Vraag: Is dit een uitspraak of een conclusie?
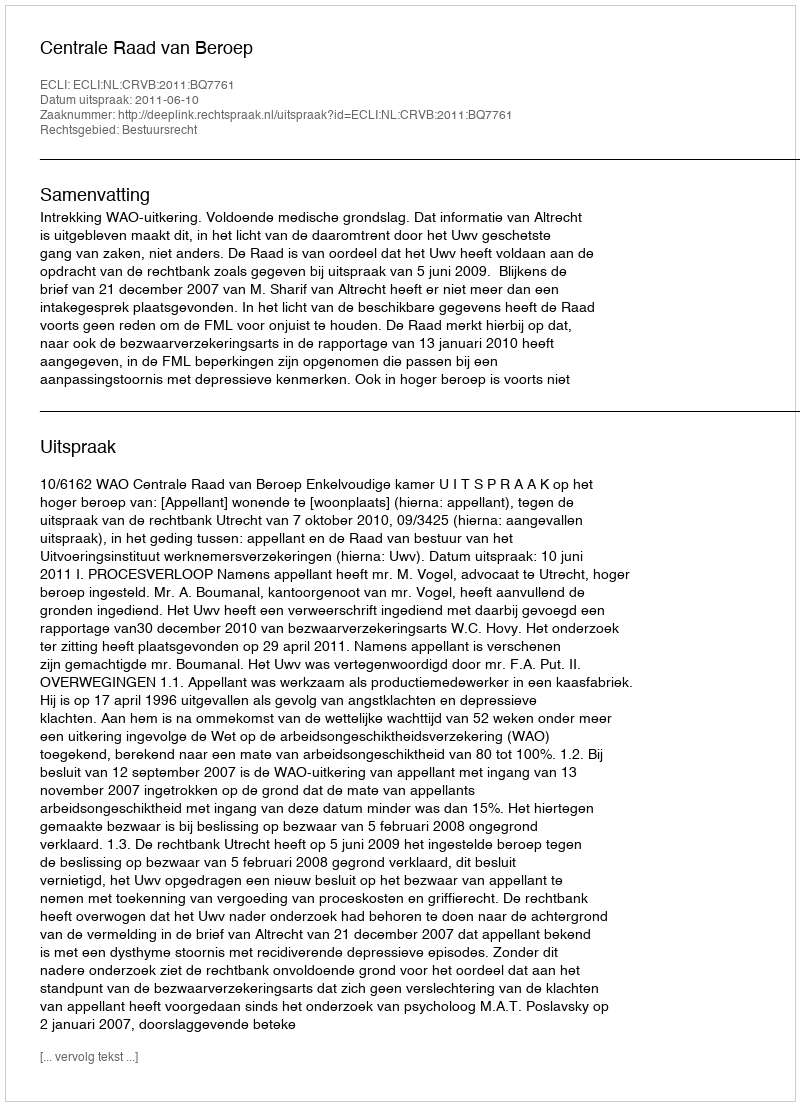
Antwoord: Uitspraak